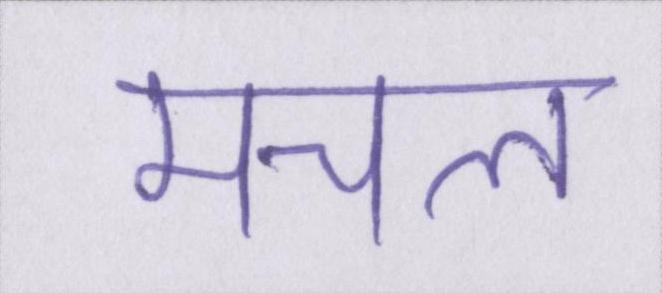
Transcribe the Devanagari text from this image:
मचल